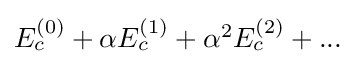
{\textstyle E_{c}^{(0)}+\alpha E_{c}^{(1)}+\alpha ^{2}E_{c}^{(2)}+...}